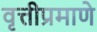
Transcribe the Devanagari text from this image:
वृत्तीप्रमाणे